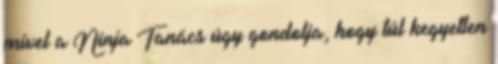
mivel a Ninja Tanács úgy gondolja, hogy túl kegyetlen